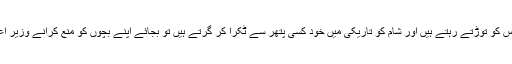
کہتے ہیں ہمارے بچے سڑکوں اور گلیوں کو ذاتی کھیل کے میدان بناکر دن بھر سٹریٹ لائٹس کو توڑتے رہتے ہیں اور شام کو تاریکی میں خود کسی پتھر سے ٹکرا کر گرتے ہیں تو بجائے اپنے بچوں کو منع کرانے وزیر اعظم سے لے کر وزیر اور مشیر پر گالیوں کی بوچھاڑ کو اپنی اولین ذمہ داری سمجھتے ہیں۔